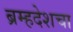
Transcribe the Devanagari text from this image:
ब्रम्हदेशचा